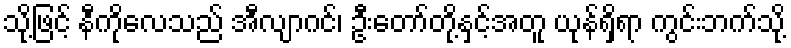
သို့ဖြင့် နီကိုလေသည် အီလျာဂင်၊ ဦးတော်တို့နှင့်အတူ ယုန်ရှိရာ ကွင်းဘက်သို့